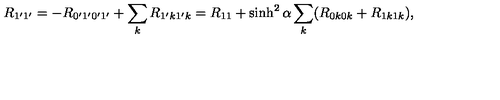
R _ { 1 ^ { \prime } 1 ^ { \prime } } = - R _ { 0 ^ { \prime } 1 ^ { \prime } 0 ^ { \prime } 1 ^ { \prime } } + \sum _ { k } R _ { 1 ^ { \prime } k 1 ^ { \prime } k } = R _ { 1 1 } + \sinh ^ { 2 } \alpha \sum _ { k } ( R _ { 0 k 0 k } + R _ { 1 k 1 k } ) ,